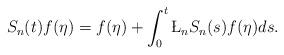
LaTeX: \begin{align*} S_n(t)f(\eta) = f(\eta) + \int_0^t \L_n S_n(s) f (\eta) ds . \end{align*}